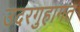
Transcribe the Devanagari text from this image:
उदरगुहागत